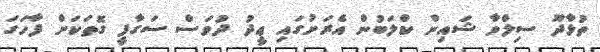
ތުޅާދޫ ސިލްވާ ޝައިން ކްލަބުން އެރަށުގައި ޢީދު ދުވަސް ސަގާފީ ގޮތަކަށް ފާހަގަ